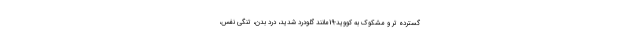
گسترده تر و مشکوک به کووید-19مانند گلودرد شدید، درد بدن، تنگی نفس،